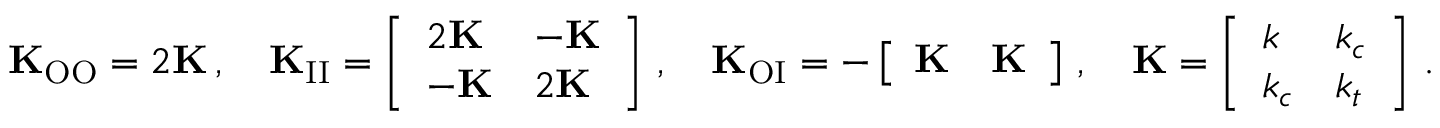
\mathbf { K } _ { \mathrm { O O } } = 2 \mathbf { K } \, , \quad \mathbf { K } _ { \mathrm { I I } } = \left[ \begin{array} { l l } { 2 \mathbf { K } } & { - \mathbf { K } } \\ { - \mathbf { K } } & { 2 \mathbf { K } } \end{array} \right] \, , \quad \mathbf { K } _ { \mathrm { O I } } = - \left[ \begin{array} { l l } { \mathbf { K } } & { \mathbf { K } } \end{array} \right] \, , \quad \mathbf { K } = \left[ \begin{array} { l l } { k } & { k _ { c } } \\ { k _ { c } } & { k _ { t } } \end{array} \right] \, .